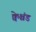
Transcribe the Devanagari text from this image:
क्वेश्चंड